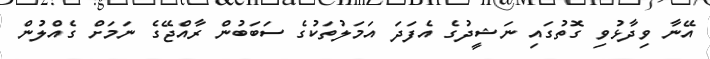
އޭނާ ވިދާޅުވި ގޮތުގައި ނަޝީދުގެ އެފަދަ އަމަލުތަކުގެ ސަބަބުން ރާއްޖޭގެ ނަމަށް ގެއްލުން